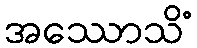
အဿောသိံ